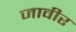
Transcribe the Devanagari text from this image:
जावीर